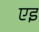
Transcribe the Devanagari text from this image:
एइ